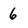
Character: 6